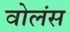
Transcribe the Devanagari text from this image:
वोलंस